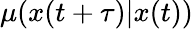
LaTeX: \mu(x(t+\tau)|x(t))